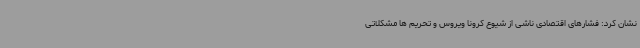
نشان کرد: فشارهای اقتصادی ناشی از شیوع کرونا ویروس و تحریم ها مشکلاتی